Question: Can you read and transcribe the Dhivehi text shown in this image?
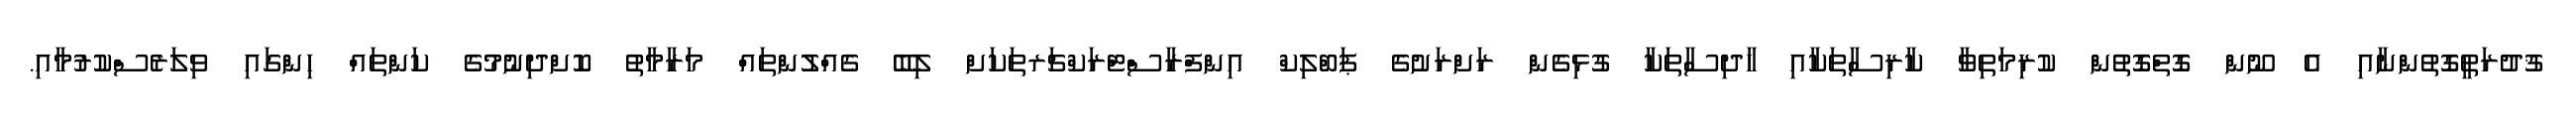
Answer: ޤުދުރަތީގޮތުންނާއި އެ ނޫން ގޮތްގޮތުން ކުރިމަތިވާ ކާރިސާތަކާއި ހާދިސާތަކާ ގުޅިގެން ރަށްރަށުގެ ޕަބްލިކް އިންފްރާސްޓްރަކްޗަރތަކަށް ލިބޭ ގެއްލުންތައް މަރާމާތު ކޮށްދިނުމުގެ ކަންތައް ހިންގައި ވިލަރެސްކުރުމާއި.